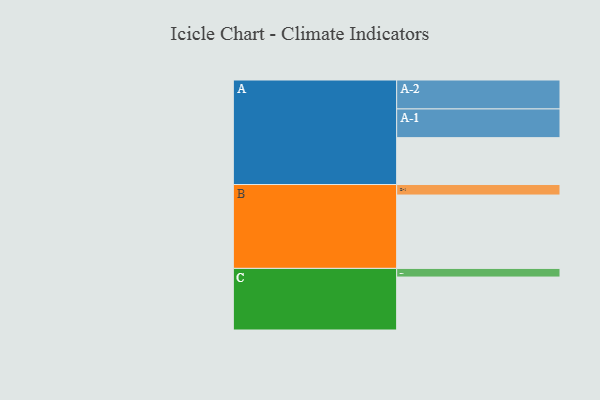
{"axis": {"x": "Segment", "y": "Value"}, "legend": ["", "A", "B", "C"], "data": [{"x": "A", "y": 379, "type": ""}, {"x": "B", "y": 593, "type": ""}, {"x": "C", "y": 428, "type": ""}, {"x": "A-1", "y": 232, "type": "A"}, {"x": "A-2", "y": 234, "type": "A"}, {"x": "B-1", "y": 85, "type": "B"}, {"x": "C-1", "y": 70, "type": "C"}]}